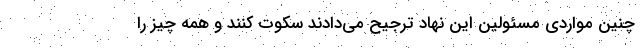
چنین مواردی مسئولین این نهاد ترجیح می‌دادند سکوت کنند و همه چیز را